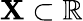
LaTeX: \mathbf{X}\subset\mathbb{{R}}